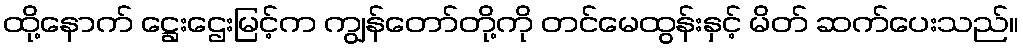
ထို့နောက် ဋ္ဌေးဌေးမြင့်က ကျွန်တော်တို့ကို တင်မေထွန်းနှင့် မိတ် ဆက်ပေးသည်။